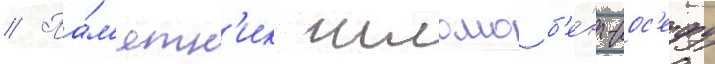
// Па́м'ятн'ик шломо б'е́н-иос'ефу